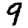
Digit: 9